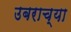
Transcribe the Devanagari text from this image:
उबराच्या